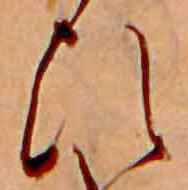
ひ